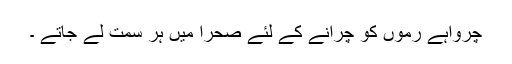
چرواہے رموں کو چرانے کے لئے صحرا میں ہر سمت لے جاتے ۔